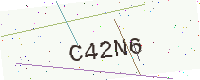
Text: C42N6